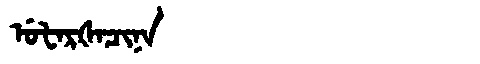
Manchu: ᡠᡶᠠᡵᡧᠠᠴᡳᠨᠠ
Romanization: UFARŠACINA